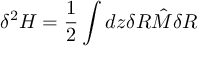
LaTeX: \delta ^ { 2 } H = \frac { 1 } { 2 } \int d z \delta R { \hat { M } } \delta R